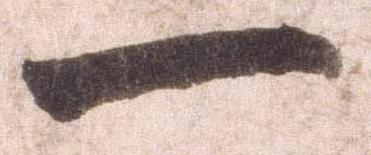
一